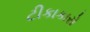
ટીકાકારો